Report on plague in the Punjab from October 1st ... to September 30th ..., being the ... season of plague in the province
Disease focus: Plague
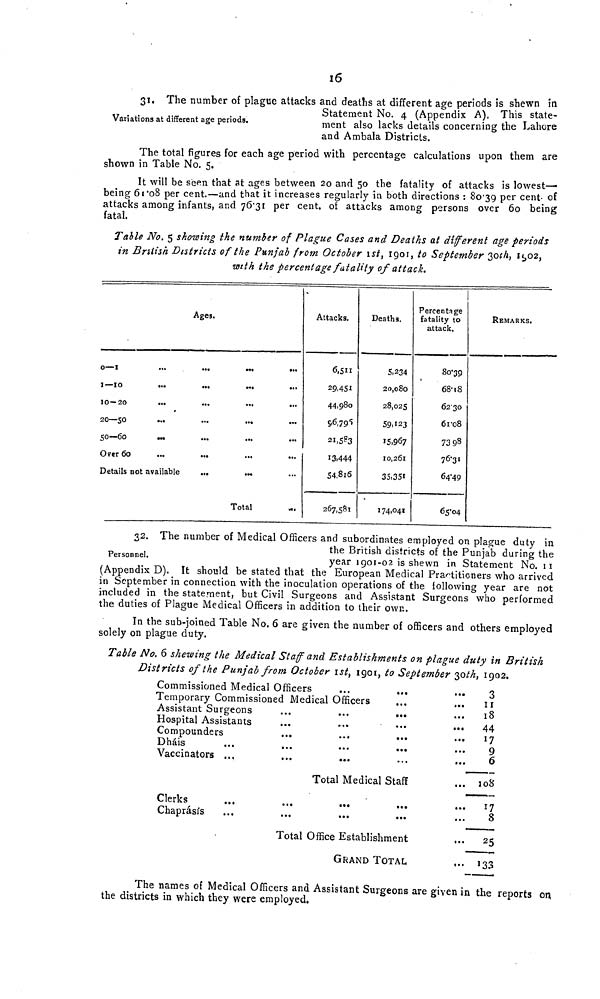
16
Variations at different age periods.
31. The number of plague attacks and deaths at different age periods is shewn in
Statement No. 4 (Appendix A). This state-
ment also lacks details concerning the Lahore
and Ambala Districts.
The total figures for each age period with percentage calculations upon them are
shown in Table No. 5.
It will be seen that at ages between 20 and 50 the fatality of attacks is lowest—•
being 608 per cent.—and that it increases regularly in both directions : 80-39 P er cent of
attacks among infants, and 76.31 per cent, of attacks among persons over 60 being
fatal.
Table No. 5 showing the number of Plague Cases and Deaths at different age periods
in British Districts of the Punjab from October ist, 1901, to September 30th, 1902,
with the percentage fatality of attach.
0—I
1—10
10—20
20—50
50—60
Over 60
Details not
...
...
...
...
...
...
available
Ages.
...
...
...
...
...
...
...
...
...
...
...
...
...
...
Total
...
...
...
...
...
...
...
...
Attacks.
6,511
29,4S1
44,980
96,795
21,583
13.444
54.816
267,581
Deaths.
5,234
20,080
28,025
59.123
15.967
10,261
35.351
174,041
Percentage
fatality to
attack.
80-39
68-18
62 30
61.08
73 98
76-31
64-49
65-04
REMARKS.
Personnel.
32. The number of Medical Officers and subordinates employed on plague duty in
the British districts of the Punjab during the
year 1901-02 is shewn in Statement No. 11
(Appendix D). It should be stated that the European Medical Practitioners who arrived
in September in connection with the inoculation operations of the following year are not
included in the statement, but Civil Surgeons and Assistant Surgeons who performed
the duties of Plague Medical Officers in addition to their own.
In the sub-joined Table No. 6 are given the number of officers and others employed
solely on plague duty.
Table No. 6 shewing the Medical Staff and Establishments on plague duty in British
Districts of the Punjab from October 1st, 1901, to September 30 th, 1902.
Commissioned Medical Officers
...
Temporary Commissioned Medical Officers
Assistant Surgeons
Hospital Assistants
Compounders
Dhais
Vaccinators ...
Clerks
...
Chaprásís
...
...
...
...
...
...
...
.....
...
...
•••
...
...
...
...
...
...
Total Medical Staff
...
...
• ••
...
•••
...
Total Office Establishment
GRAND TOTAL
•
..
...
...
...
...
...
«..
...
...
...
...
3
11
18
44
17
9
6
108
17
8
2 5
133
The names of Medical Officers and Assistant Surgeons are given in the reports on
the districts in which they were employed.